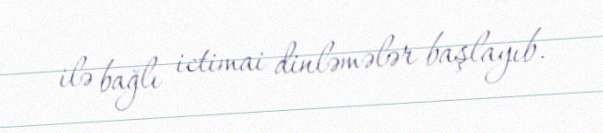
ilə bağlı ictimai dinləmələr başlayıb.